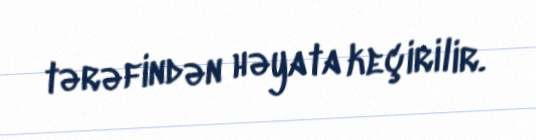
tərəfindən həyata keçirilir.